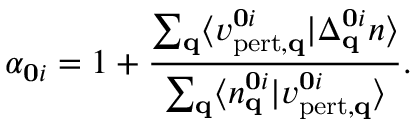
\alpha _ { \mathbf { 0 } i } = 1 + \frac { \sum _ { \mathbf { q } } \langle v _ { \mathrm { p e r t , \mathbf { q } } } ^ { \mathbf { 0 } i } \vert \Delta _ { \mathbf { q } } ^ { \mathbf { 0 } i } n \rangle } { \sum _ { \mathbf { q } } \langle n _ { \mathbf { q } } ^ { \mathbf { 0 } i } \vert v _ { \mathrm { p e r t , \mathbf { q } } } ^ { \mathbf { 0 } i } \rangle } .